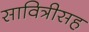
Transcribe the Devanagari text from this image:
सावित्रीसह